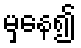
မှနေ၍